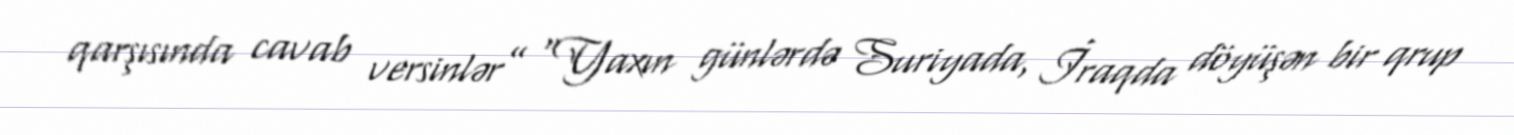
qarşısında cavab versinlər” "Yaxın günlərdə Suriyada, İraqda döyüşən bir qrup